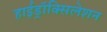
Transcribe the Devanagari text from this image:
हाईड्रॉक्सिलेशन